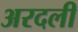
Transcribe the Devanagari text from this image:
अरदली